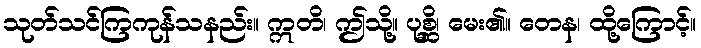
သုတ်သင်ကြကုန်သနည်း။ ဣတိ၊ ဤသို့။ ပုစ္ဆိ၊ မေး၏။ တေန၊ ထို့ကြောင့်။